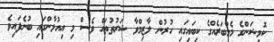
ކޮމިޝަންގެ މެމްބަރެއްގެ ކިބައިގައި ހުރުން ލާޒިމްވާ ޝަރުތުތައް ވެސް މި އިއުލާންގައި ބުނެފައިވެ